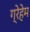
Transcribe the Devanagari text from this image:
ग्रेहेम